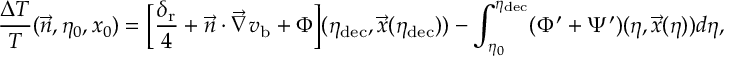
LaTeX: \frac { \Delta T } { T } ( \vec { n } , \eta _ { 0 } , x _ { 0 } ) = \biggl [ \frac { \delta _ { \mathrm { r } } } { 4 } + \vec { n } \cdot \vec { \nabla } v _ { \mathrm { b } } + \Phi \biggr ] ( \eta _ { \mathrm { d e c } } , \vec { x } ( \eta _ { \mathrm { d e c } } ) ) - \int _ { \eta _ { 0 } } ^ { \eta _ { \mathrm { d e c } } } ( \Phi ^ { \prime } + \Psi ^ { \prime } ) ( \eta , \vec { x } ( \eta ) ) d \eta ,